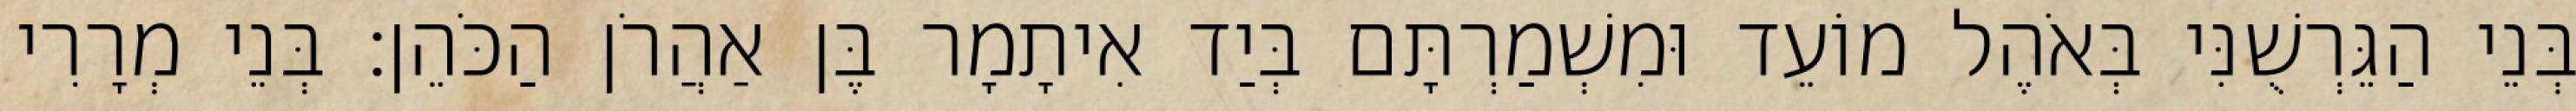
בְּנֵי הַגֵּרְשֻׁנִּי בְּאֹהֶל מוֹעֵד וּמִשְׁמַרְתָּם בְּיַד אִיתָמָר בֶּן אַהֲרֹן הַכֹּהֵן׃ בְּנֵי מְרָרִי